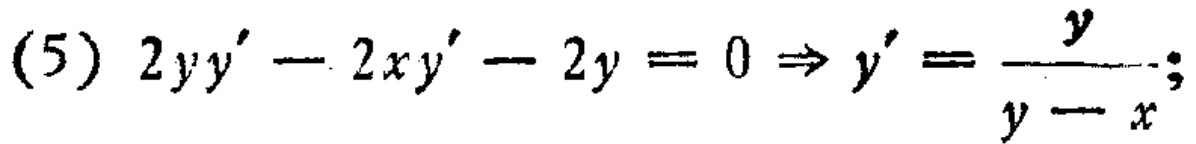
(5) \(2yy' - 2xy' - 2y = 0 \Rightarrow y' = \frac{y}{y - x}\);